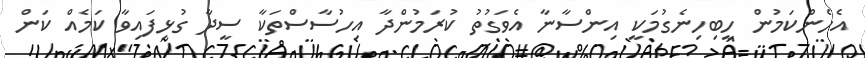
އެހެންކަމުން ހީބިހިނެގުމަކީ އިންސާނާ އެވަގުތު ކުރަމުންދާ އިހުސާސްތަކާ ސީދާ ގުޅިފައިވާ ކަމެއް ކަން